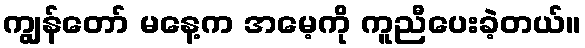
ကျွန်တော် မနေ့က အမေ့ကို ကူညီပေးခဲ့တယ်။